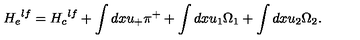
{ H _ { e } } ^ { l f } = { H _ { c } } ^ { l f } + \int d x u _ { + } \pi ^ { + } + \int d x u _ { 1 } \Omega _ { 1 } + \int d x u _ { 2 } \Omega _ { 2 } .